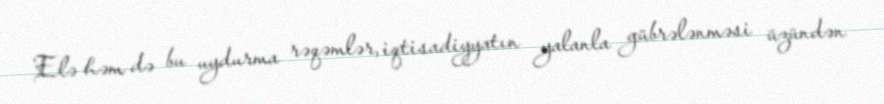
Elə həm də bu uydurma rəqəmlər, iqtisadiyyatın yalanla gübrələnməsi üzündən